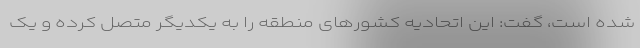
شده است، گفت: این اتحادیه کشورهای منطقه را به یکدیگر متصل کرده و یک